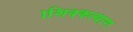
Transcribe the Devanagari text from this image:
।शिवकल्याण